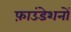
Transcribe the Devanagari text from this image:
फ़ाउंडेशनों